Bréfritari: Erlendur Ólafsson
Viðtakandi: Jón Borgfirðings Jónsson
Dagsetning: A-1867-03-01
Skrifað á: Akureyri  Eyf.

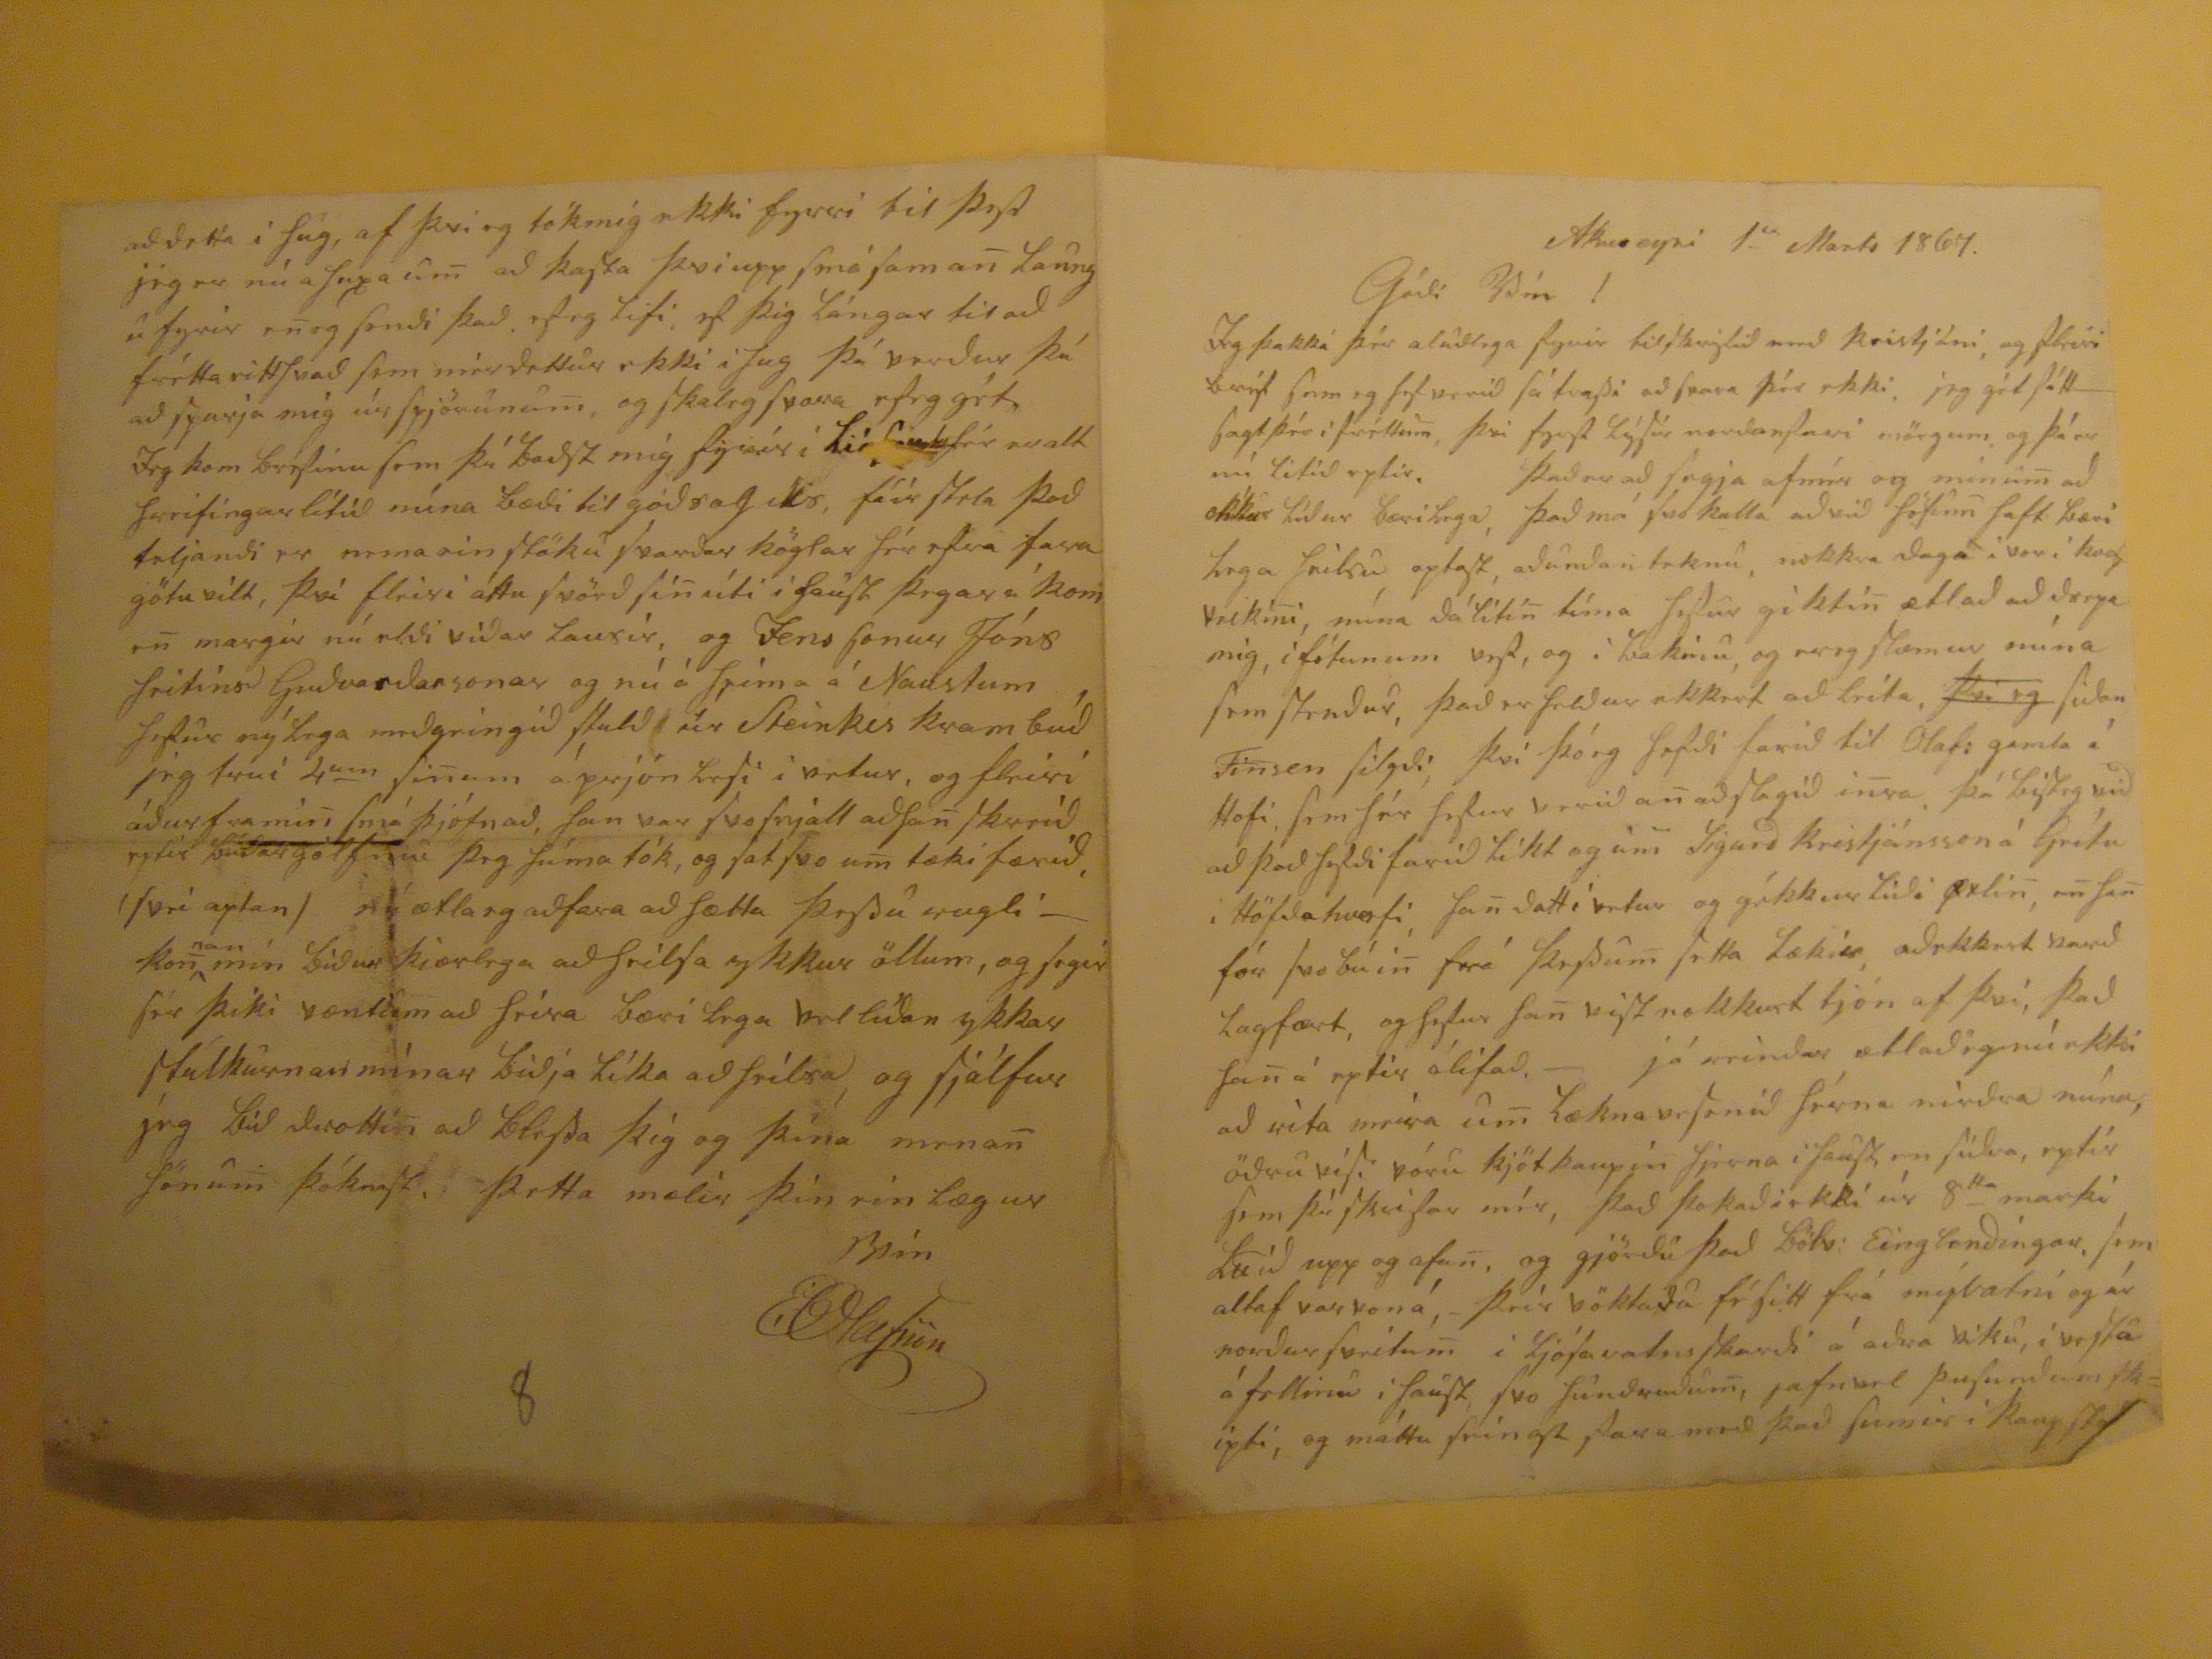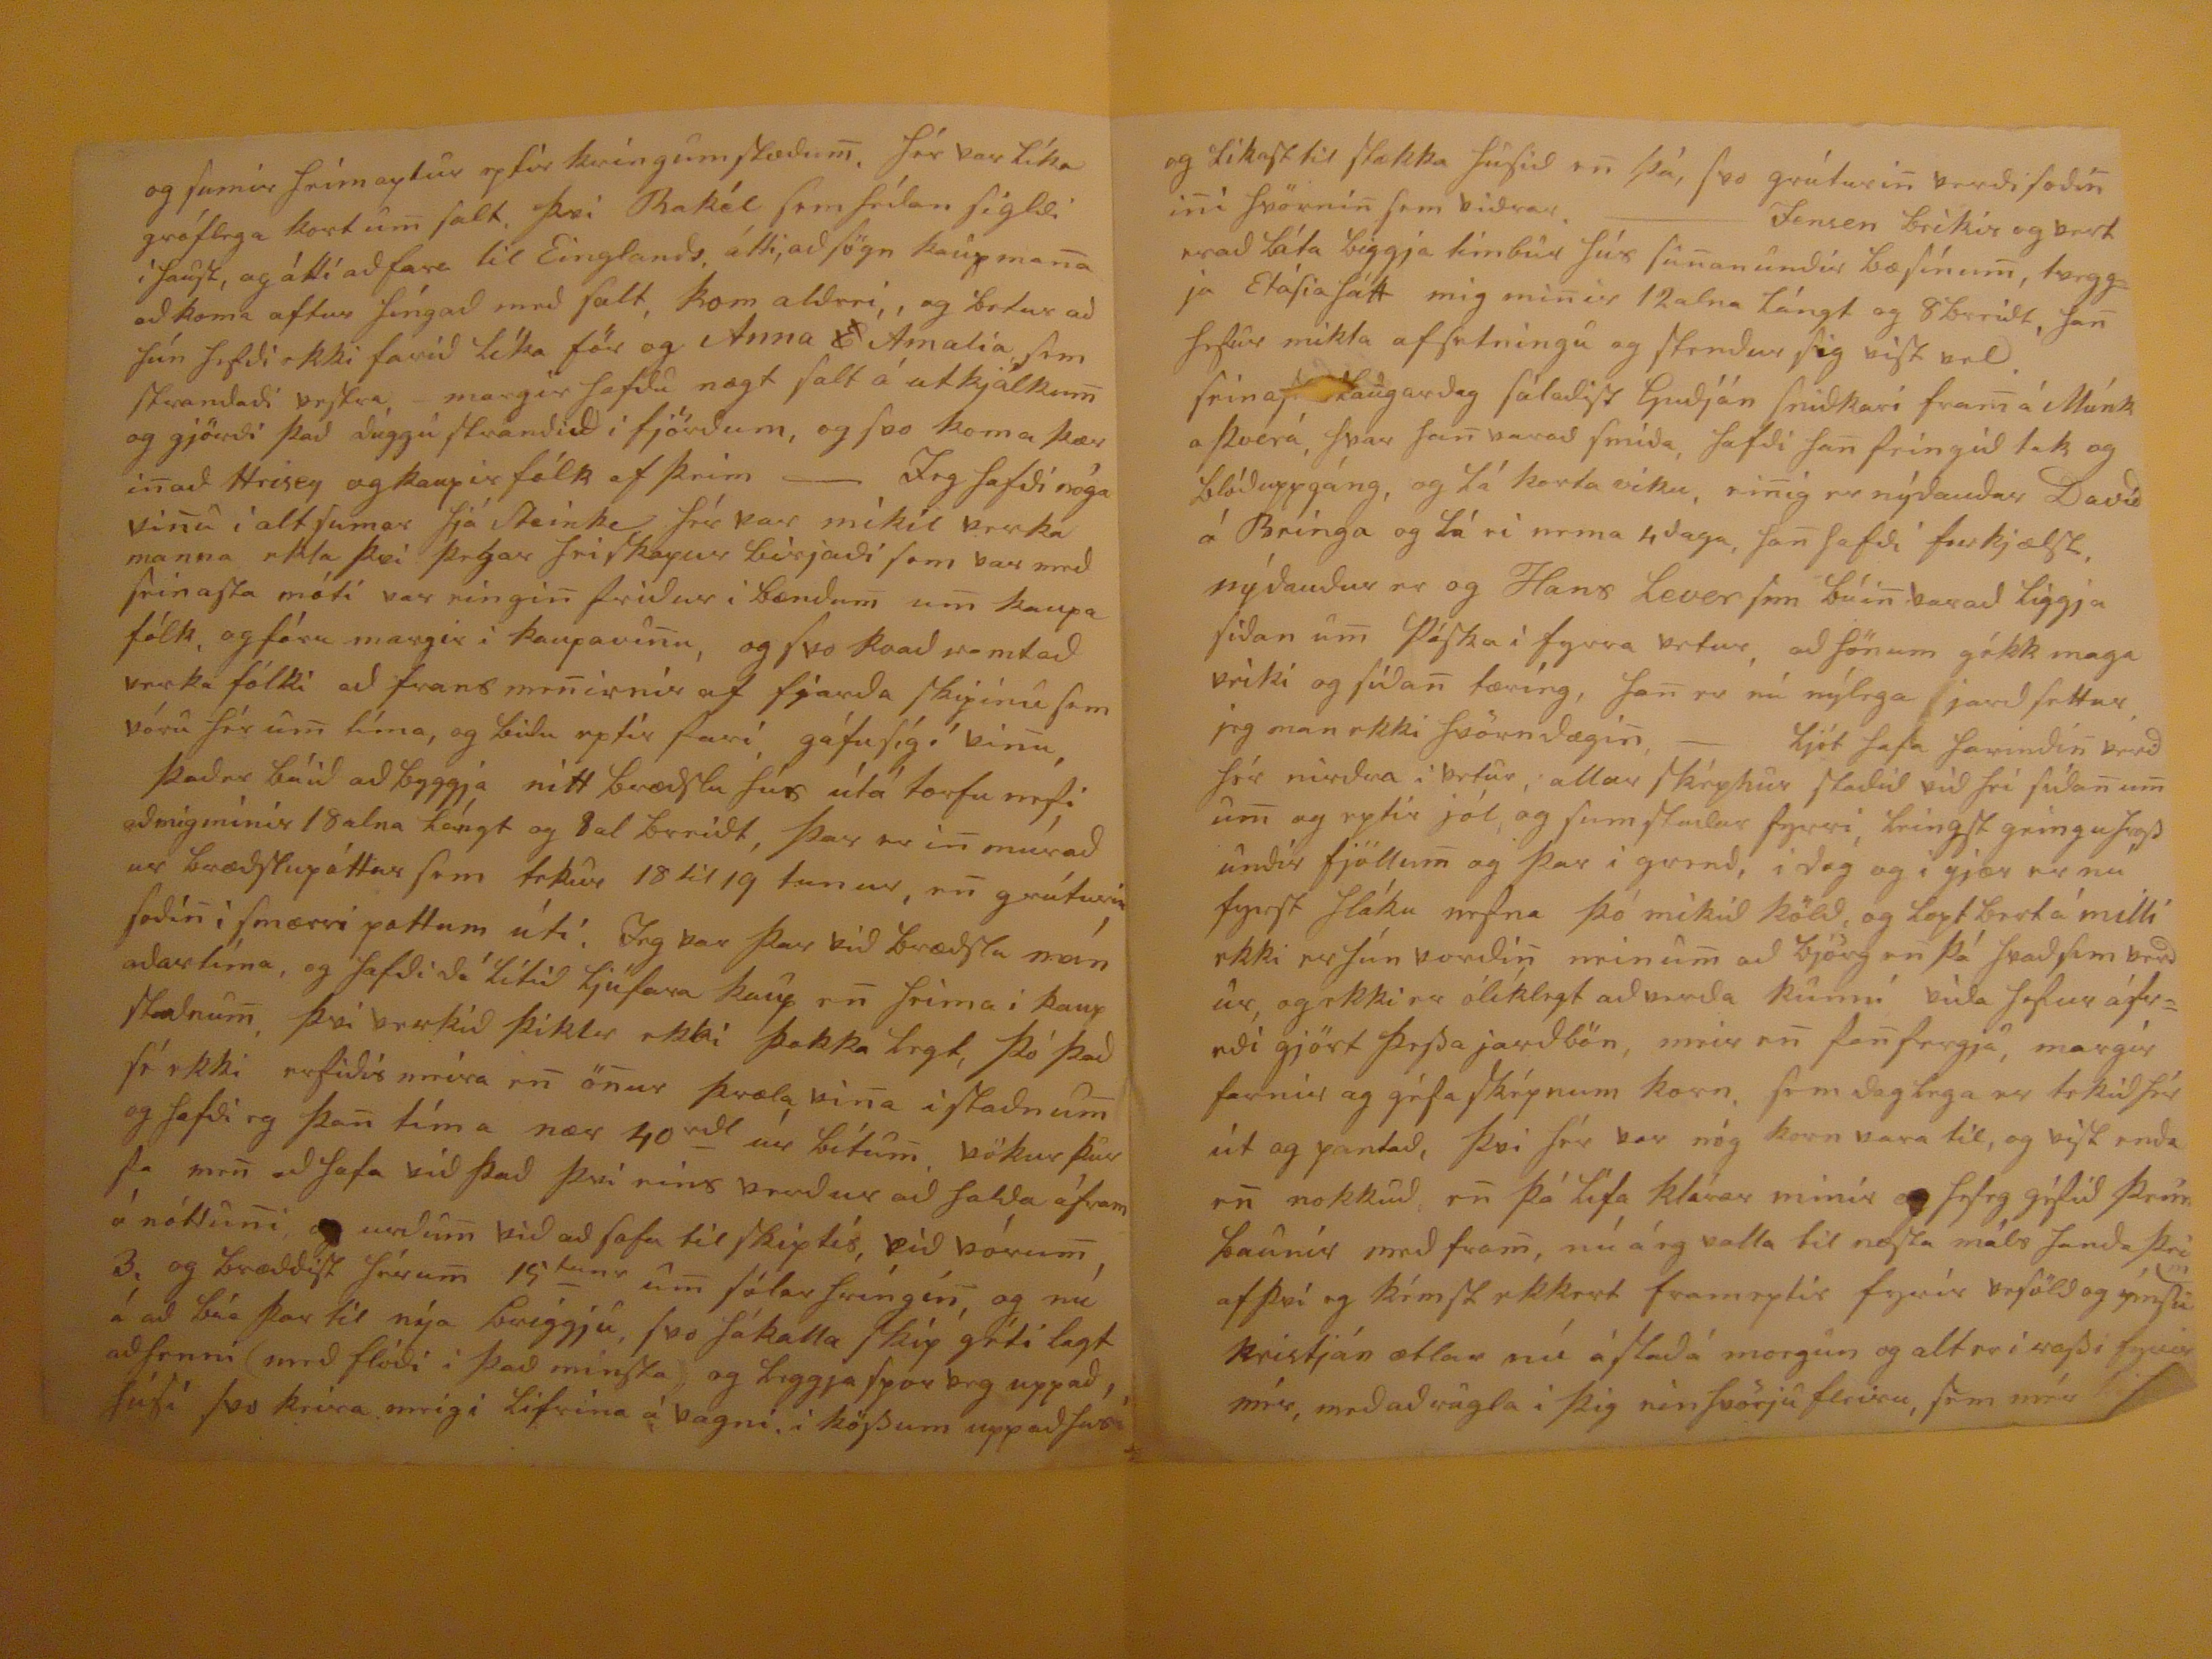

Akureyri 1
ra
Marts 1867.
Góði Vin !
Jeg þakká þér alúðlega fyrir tilskrifið með Kristjáni, og fleiri bréf sem eg hef verið sá
trassi
að svara þér ekki, jeg gét fátt sagt þér i fréttum, því fyrst
lýsir
norðanfari mörgum og þá er nú litið eptir. Það er að segja afmér og mínu
m
að okkur líður bærilega, það má svo kalla að við höfu
m
haft bærilega heilsu optast, aðundanteknu, nokkra daga i vor i
hostveiki
n
i,
núna dálíti
n
tíma hefur gikti
n
ætlað að drepa mig, i fótunum
vest
, og i bakinu, og ereg slæmur núna sem stendur, það er heldur ekkert að
bíta
,
þvi eg
sidan finsen filgdi, því þó eg hafði farið til Olaf: gamla á hofi, sem hér hefur verið a
n
að slagið i
n
ra. þá bisteg við að það hefði farið likt og u
m
Sigurð kristjánsson á
Grelu
i Höfðahverfi, ha
n
datt í vetur og
gékkur líði prli
n
, e
n
ha
n
fór svo búi
n
frá þessum setta lækir, aðekkert varð lagfært, og hefur ha
n
vist nokkurt tjón af því, það ha
n
á eptir ólifað,- já reindar ætlaðeg nú ekki að rita meira u
m
læknavesenið hérna nirðra núna, öðru vísi vóru
kjötbaupin
hjerna i haust en síðra, eptir sem þú skrifar mér, það þokaðiekkí úr 8
tta
marki
luið
upp og ofa
n
, og gjörði það böls: Einglendíngar, sem altaf
varroná,
- þrír
vöktaða
fésitt frá mývatni og ér norður sveitu
m
i ljósavatnsskarði á aðra viku, i vesta áfellinu i haust, svo hundruðu
m
, jafnvel þusundum skipti, og máttu seingt fara með það
sumar i kaupstað??
og sumar heim aptur eptir kríngumstæðu
m
, hér var líka gróflega kort u
m
salt, þvi
Rakól
sem síðan sigldi i haust, og átti að fara til Einglands, átti, að sögn kaupma
n
a að koma aftur híngað með salt, kom aldrei, og
betur
að hún hefði ekki farið líka för og Anna
E
Amalía sem strandaði vestra, - margir hofðu nægt salt á utkjálku
m
og gjörði það
duggu
strandið i fjörðum, og svo koma þær i
n
að hrisey og kaupir fólk af þeim --- Jeg hafði nóga vi
n
u i alt sumar hjá
Steinke
hér var mikil verkamanna ekla því þegar heiskapur birjaði sem var með seinasta móti var eingi
n
friður i bændu
m
u
m
kaupafólk, og fóru margir i kaupavi
n
u, og svo kvað
vemtað
verkafólki að fransme
n
irnir af fjarða skipinu sem vóru hér u
m
tíma, og biðu eptir fari, gáfu síg í vi
n
u, það er búið að byggja eitt bræðslu hús útá torfu nesi að migmínír 18 alna lángt og 8 al breidt, þar er i
n
múraður bræðslupóttur sem tekur 18 til 19 tunur, e
n
grúturin soði
n
i smærri pottum úti. Jeg var þar við bræðslu mánaðartíma, og hafði dálítið ljúfara kaup e
n
heima i kaupstaðnu
m
, því verkið þiklr ekki þakka legt, þó það sé ekki erfiðis meira e
n
ö
n
ur þræla vi
n
a i staðnu
m
og hefði eg þa
n
tíma nær 40
rdl
úr bítu
m
,
vökurþuv
so me
n
að hafa við það því eins verður að halda áfram á nóti
n
i og urðu
m
við að hafa itl skiptis, við vóru
m
3, og bræddist héru
m
15
tunur
u
m
sólar hríngin, og nú á að búa þar til nýa briggju, svo hákalla skip géti lagt að henni (með flóði i það minsta) og liggja
???
uppað, húfi svo keira meiri lifrina á vagni, i kössum upp að húsi
og líkast til stækka húsið e
n
þá, svo grúturi
n
verði soði
n
i
n
i hvörni
n
sem viðrar. ---- jensen beikir og vert er að láta biggja timbur hús su
n
anundir bæsínu
m
, tveggja
Etásiahátt
mig mi
n
ir 12 alna lángt og 8 breidt, ha
n
hefur mikla af setningu og stendur sig vist vel.
seinasta laugardag
sálaðist guðón
sniðkari
fra
m
á Múnka þverá, hvar ha
n
varað smíða, hafði ha
n
feingið tak og blóðuppgáng, og lá korta viku, ei
n
ig er núdauður Davíð á Bríngu og lá ei nema 4 daga, ha
n
hafði furkjælst, nýdauður er og Hans Lever sem búi
n
var að liggja siðam u
m
Páska i fyrra vetur, að hönum gékk maga veiki go síða
n
tæríng, ha
n
er nú núlega jarðsettur, jeg man ekki hvörndægi
n
,- ljótt hafa
harindin
verið hér nirdra i vetur, allar sképnur staðið við hei sída
n
u
m
u
m
og eptir jól og sum staðar fyrri, leingst geingu
hest
undir fjöllum og þar i grend, i dag og i gjær er nu fyrst hláku nefna þó mikið köld, og
lopt berta
á milli ekki er hún vordi
n
neinu
m
að björg e
n
þá hvað sem verður, og ekki er ólíklegt að verða
kumú búla
hefur
áfreði
gjört þessa jarðbön, meir e
n
fa
n
fergja, margir farnir og géfa sképnum korn, sem daglega er tekið hér út og pantað, þvi hér var nóg korn vara til, og víst enda e
n
nokkuð, e
n
þó lifa klárar mínir og
feseg
géfið þeim þannir með fra
m
, nú á eg valla til næsta máls handa þei af því eg kémst ekkert frameptir fyrír vesöld og ýmsu kristján ætlar nú á staðá mrogun og alt er i
rasdi
fyrir mér, með að rugla i þig einhvörju fleiru, sem mér
??
að detta í hug, af þvi eg tókmig ekki fyrri til þess jeg er nú a
huz a u
m
að kasta þvi upp smá sama
n
laungu fyrir e
n
eg sendi það. ef eg lifi, ef þig lángar til að frétta eitthvað sem mér dettur ekki i hug þá verður þú að spurja mig úr spjörunu
m
, og skaleg svara efeg gét. Jeg kom bréfinu sem þú baðst míg fyrír i
Liós???
eralt hreifíngarlítið núna bæði til góðs og ills, fáir stela það teljandi er nema ein stöku
svardar köglar
hér efra fara götu vilt, því fleiri áttu svörð sí
n
úti i haust þegar á kom e
n
margir nú
eldi
viðar lausir, og Jens sonur Jóns heitins Guðvarðarsonar og nú á heima á Naustum hefur nýlega meðgeingið stuld úr Steinkes krambúð jeg trui 4
um
si
n
um á prjón lesi i vetur, og fleiri áður frami
n
smá þjófnað, han var svosnjall aðha
n
skreið eptir búðar gólfinu þeg húma tók, og sat svo u
m
tækifærið, (svei aptan) nú ætla eg aðfara að hætta þessu rugli-- kon
nan
mín biður kjærlega að heilsa ykkur öllum, og segir sér þiki væntum að heíra bærilega vel líðan ykkar stuklurnar mínar biðja líka að heilsa, og sjálfur jeg bið drotti
n
að blessa þig og þína mena
n
sönum þóknast, þetta mælir þin einlægur
vin
EOlafsson